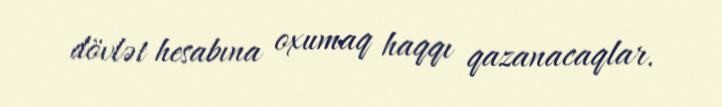
dövlət hesabına oxumaq haqqı qazanacaqlar.